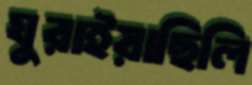
ঘুরাইয়াছিলি